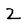
Character: 2